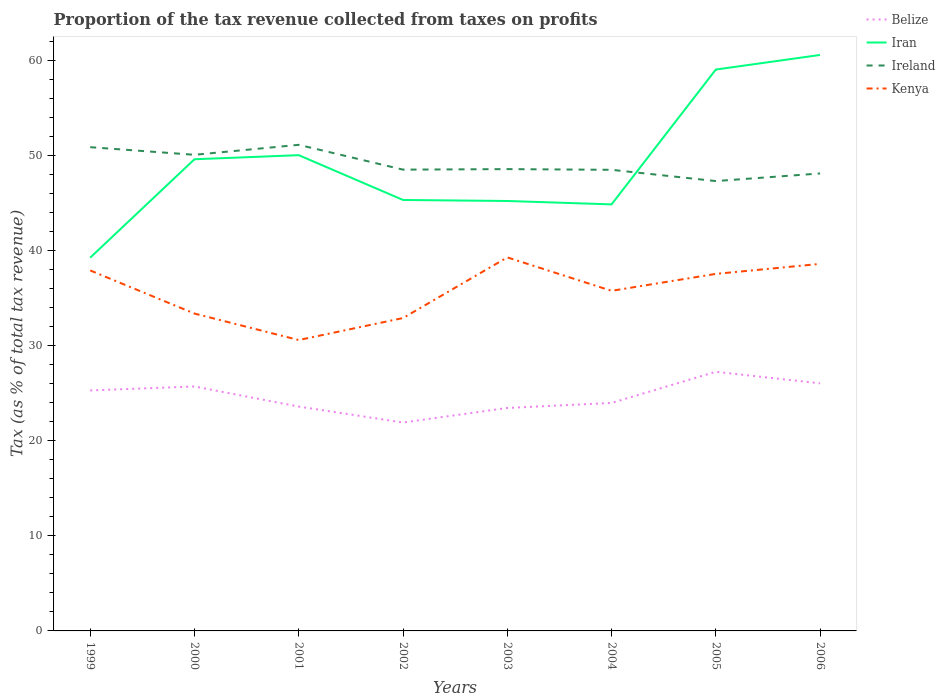
| Years | Belize | Iran | Ireland | Kenya |
 | --- | --- | --- | --- | --- |
 | 1999 | 25.3 | 39.3 | 50.9 | 37.9 |
 | 2000 | 25.7 | 49.6 | 50.1 | 33.4 |
 | 2001 | 23.6 | 50.1 | 51.2 | 30.6 |
 | 2002 | 21.9 | 45.4 | 48.5 | 32.9 |
 | 2003 | 23.5 | 45.2 | 48.6 | 39.3 |
 | 2004 | 24 | 44.9 | 48.5 | 35.8 |
 | 2005 | 27.3 | 59.1 | 47.3 | 37.6 |
 | 2006 | 26.1 | 60.6 | 48.1 | 38.6 |